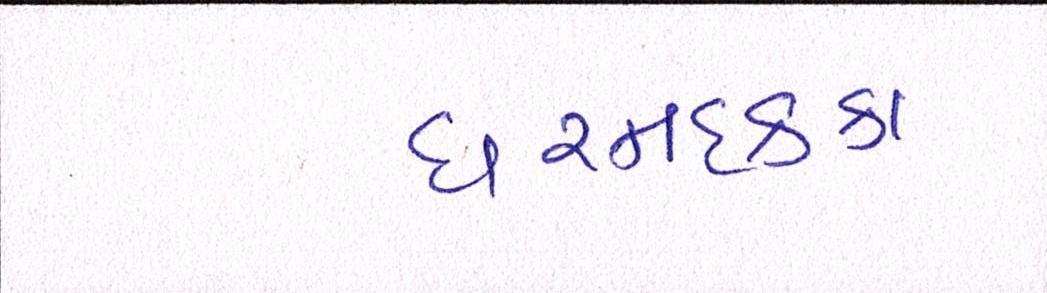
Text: ધરમધકકા